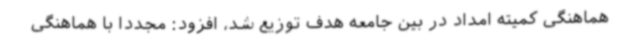
هماهنگی کمیته امداد در بین جامعه هدف توزیع شد، افزود: مجددا با هماهنگی